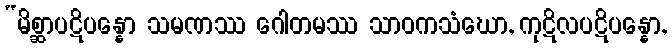
“မိစ္ဆာပဋိပန္နော သမဏဿ ဂေါတမဿ သာဝကသံဃော, ကုဋိလပဋိပန္နော,